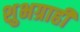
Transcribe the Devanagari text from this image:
शुभग्राही